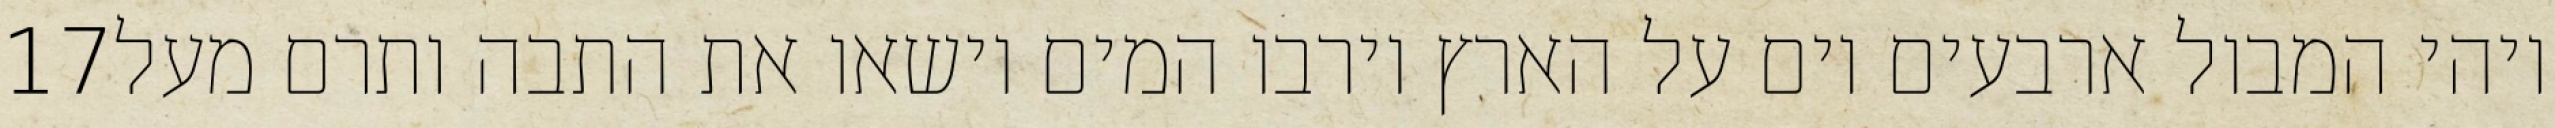
‎17‏ ויהי המבול ארבעים יום על הארץ וירבו המים וישאו את התבה ותרם מעל